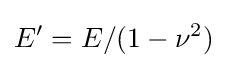
E'=E/(1-\nu ^{2})